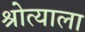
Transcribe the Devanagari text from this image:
श्रोत्याला